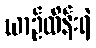
ယာဉ်ထိန်းရဲ